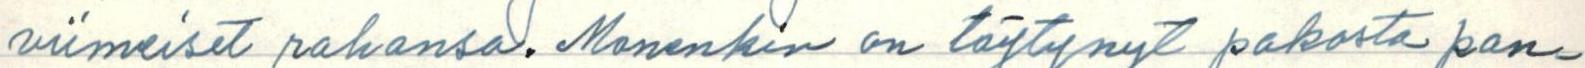
viimeiset rahansa. Monenkin on täytynyt pakosta pan-